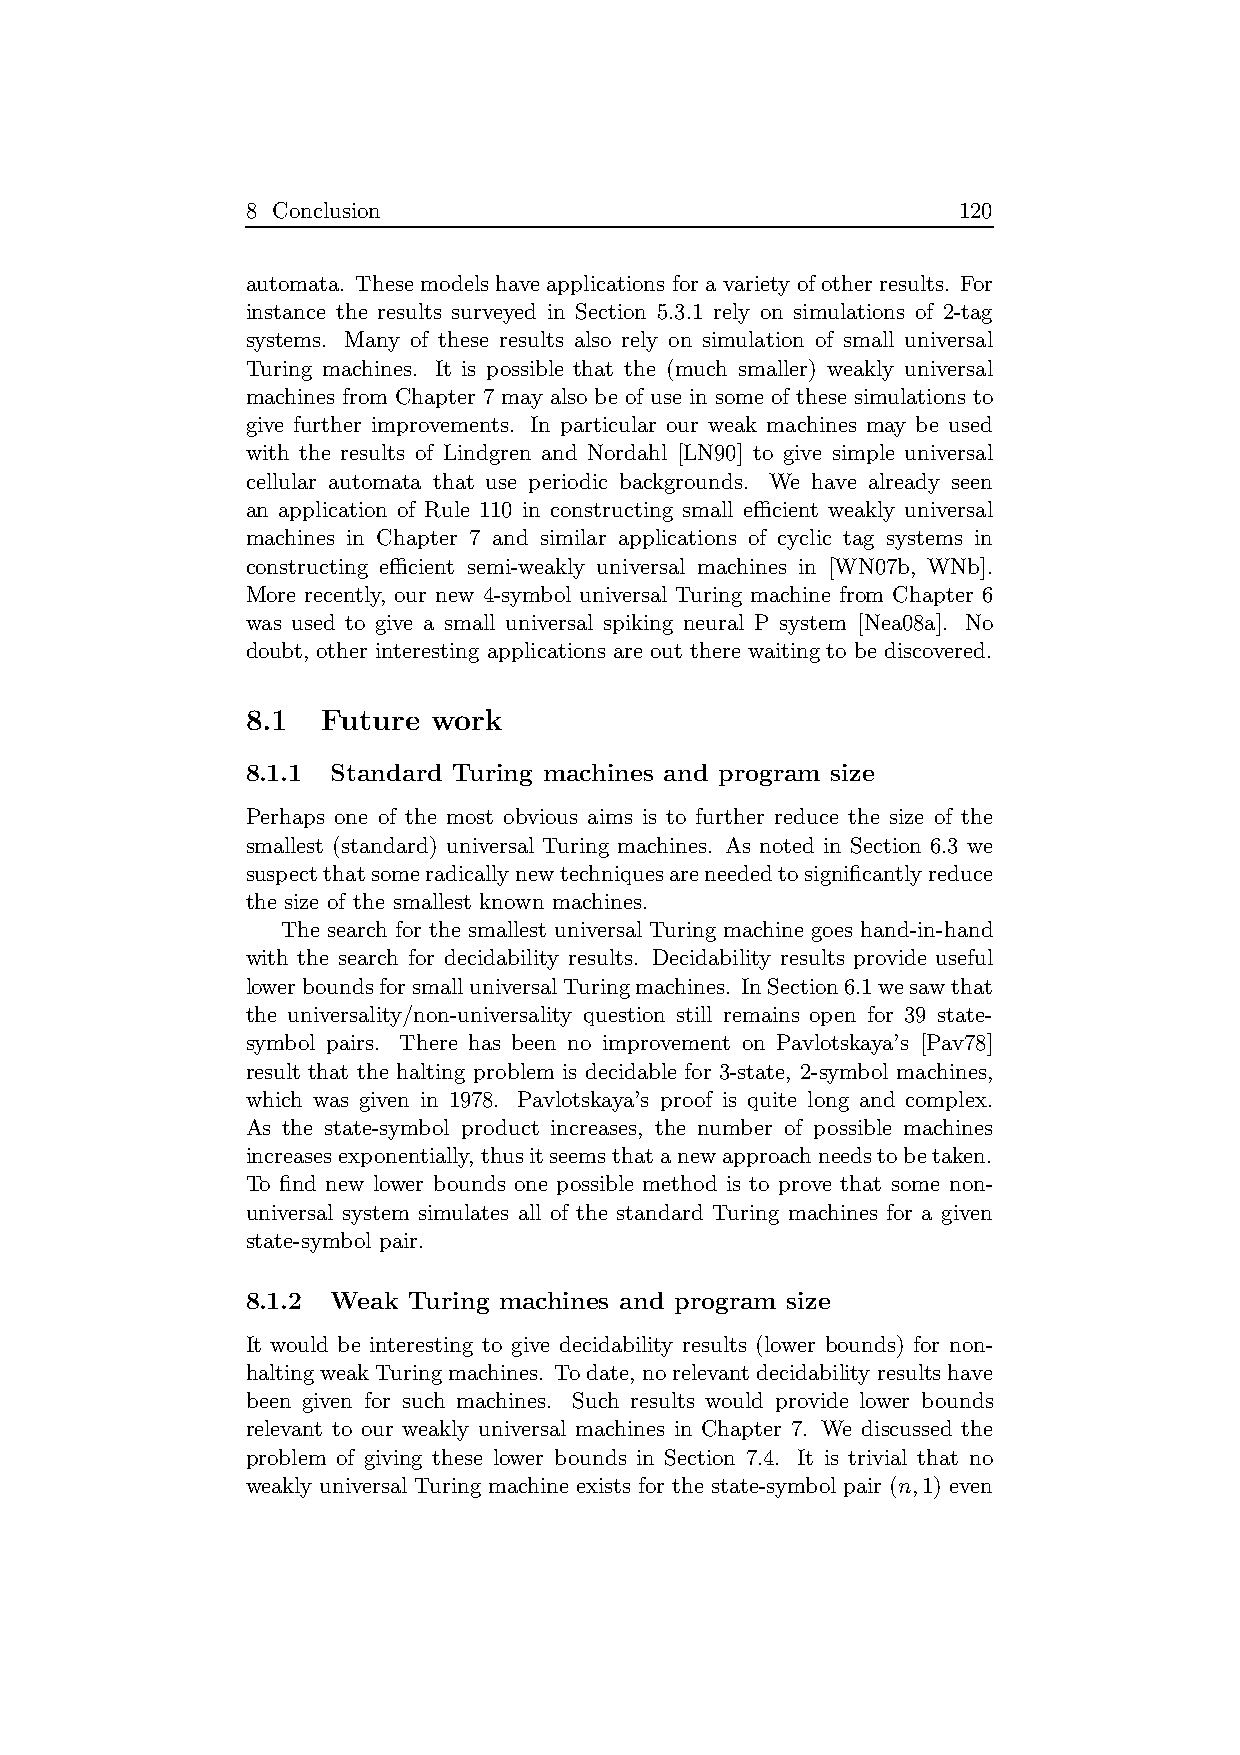
8 Conclusion                                   120
 automata. Thesemodelshave applications for avariety of other results. For
 instance the results surveyed in Section 5.3.1 rely on simulations of 2-tag
 systems. Many of these results also rely on simulation of small universal
 Turing machines. It is possible that the (much smaller) weakly universal
 machines from Chapter 7 may also be of use in some of these simulations to
 give further improvements. In particular our weak machines may be used
 with the results of Lindgren and Nordahl [LN90] to give simple universal
 cellular automata that use periodic backgrounds. We have already seen
 an application of Rule 110 in constructing small efficient weakly universal
 machines in Chapter 7 and similar applications of cyclic tag systems in
 constructing efficient semi-weakly universal machines in [WN07b, WNb].
 More recently, our new 4-symbol universal Turing machine from Chapter 6
 was used to give a small universal spiking neural P system [Nea08a]. No
 doubt, other interesting applications are out there waiting to be discovered.
 8.1  Future  work
 8.1.1 Standard Turing machines and program size
 Perhaps one of the most obvious aims is to further reduce the size of the
 smallest (standard) universal Turing machines. As noted in Section 6.3 we
 suspectthatsomeradicallynewtechniquesareneededtosignificantlyreduce
 the size of the smallest known machines.
 The search for the smallest universal Turing machine goes hand-in-hand
 with the search for decidability results. Decidability results provide useful
 lowerboundsforsmalluniversalTuringmachines. InSection6.1wesawthat
 the universality/non-universality question still remains open for 39 state-
 symbol pairs. There has been no improvement on Pavlotskaya’s [Pav78]
 result that the halting problem is decidable for 3-state, 2-symbol machines,
 which was given in 1978. Pavlotskaya’s proof is quite long and complex.
 As the state-symbol product increases, the number of possible machines
 increasesexponentially, thusitseemsthatanewapproachneedstobetaken.
 To find new lower bounds one possible method is to prove that some non-
 universal system simulates all of the standard Turing machines for a given
 state-symbol pair.
 8.1.2 Weak Turing machines and program size
 It would be interesting to give decidability results (lower bounds) for non-
 haltingweakTuringmachines. Todate, norelevantdecidability resultshave
 been given for such machines. Such results would provide lower bounds
 relevant to our weakly universal machines in Chapter 7. We discussed the
 problem of giving these lower bounds in Section 7.4. It is trivial that no
 weakly universal Turing machine exists for the state-symbol pair (n,1) even